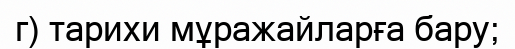
г) тарихи мұражайларға бару;